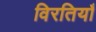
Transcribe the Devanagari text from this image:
विरतियाँ